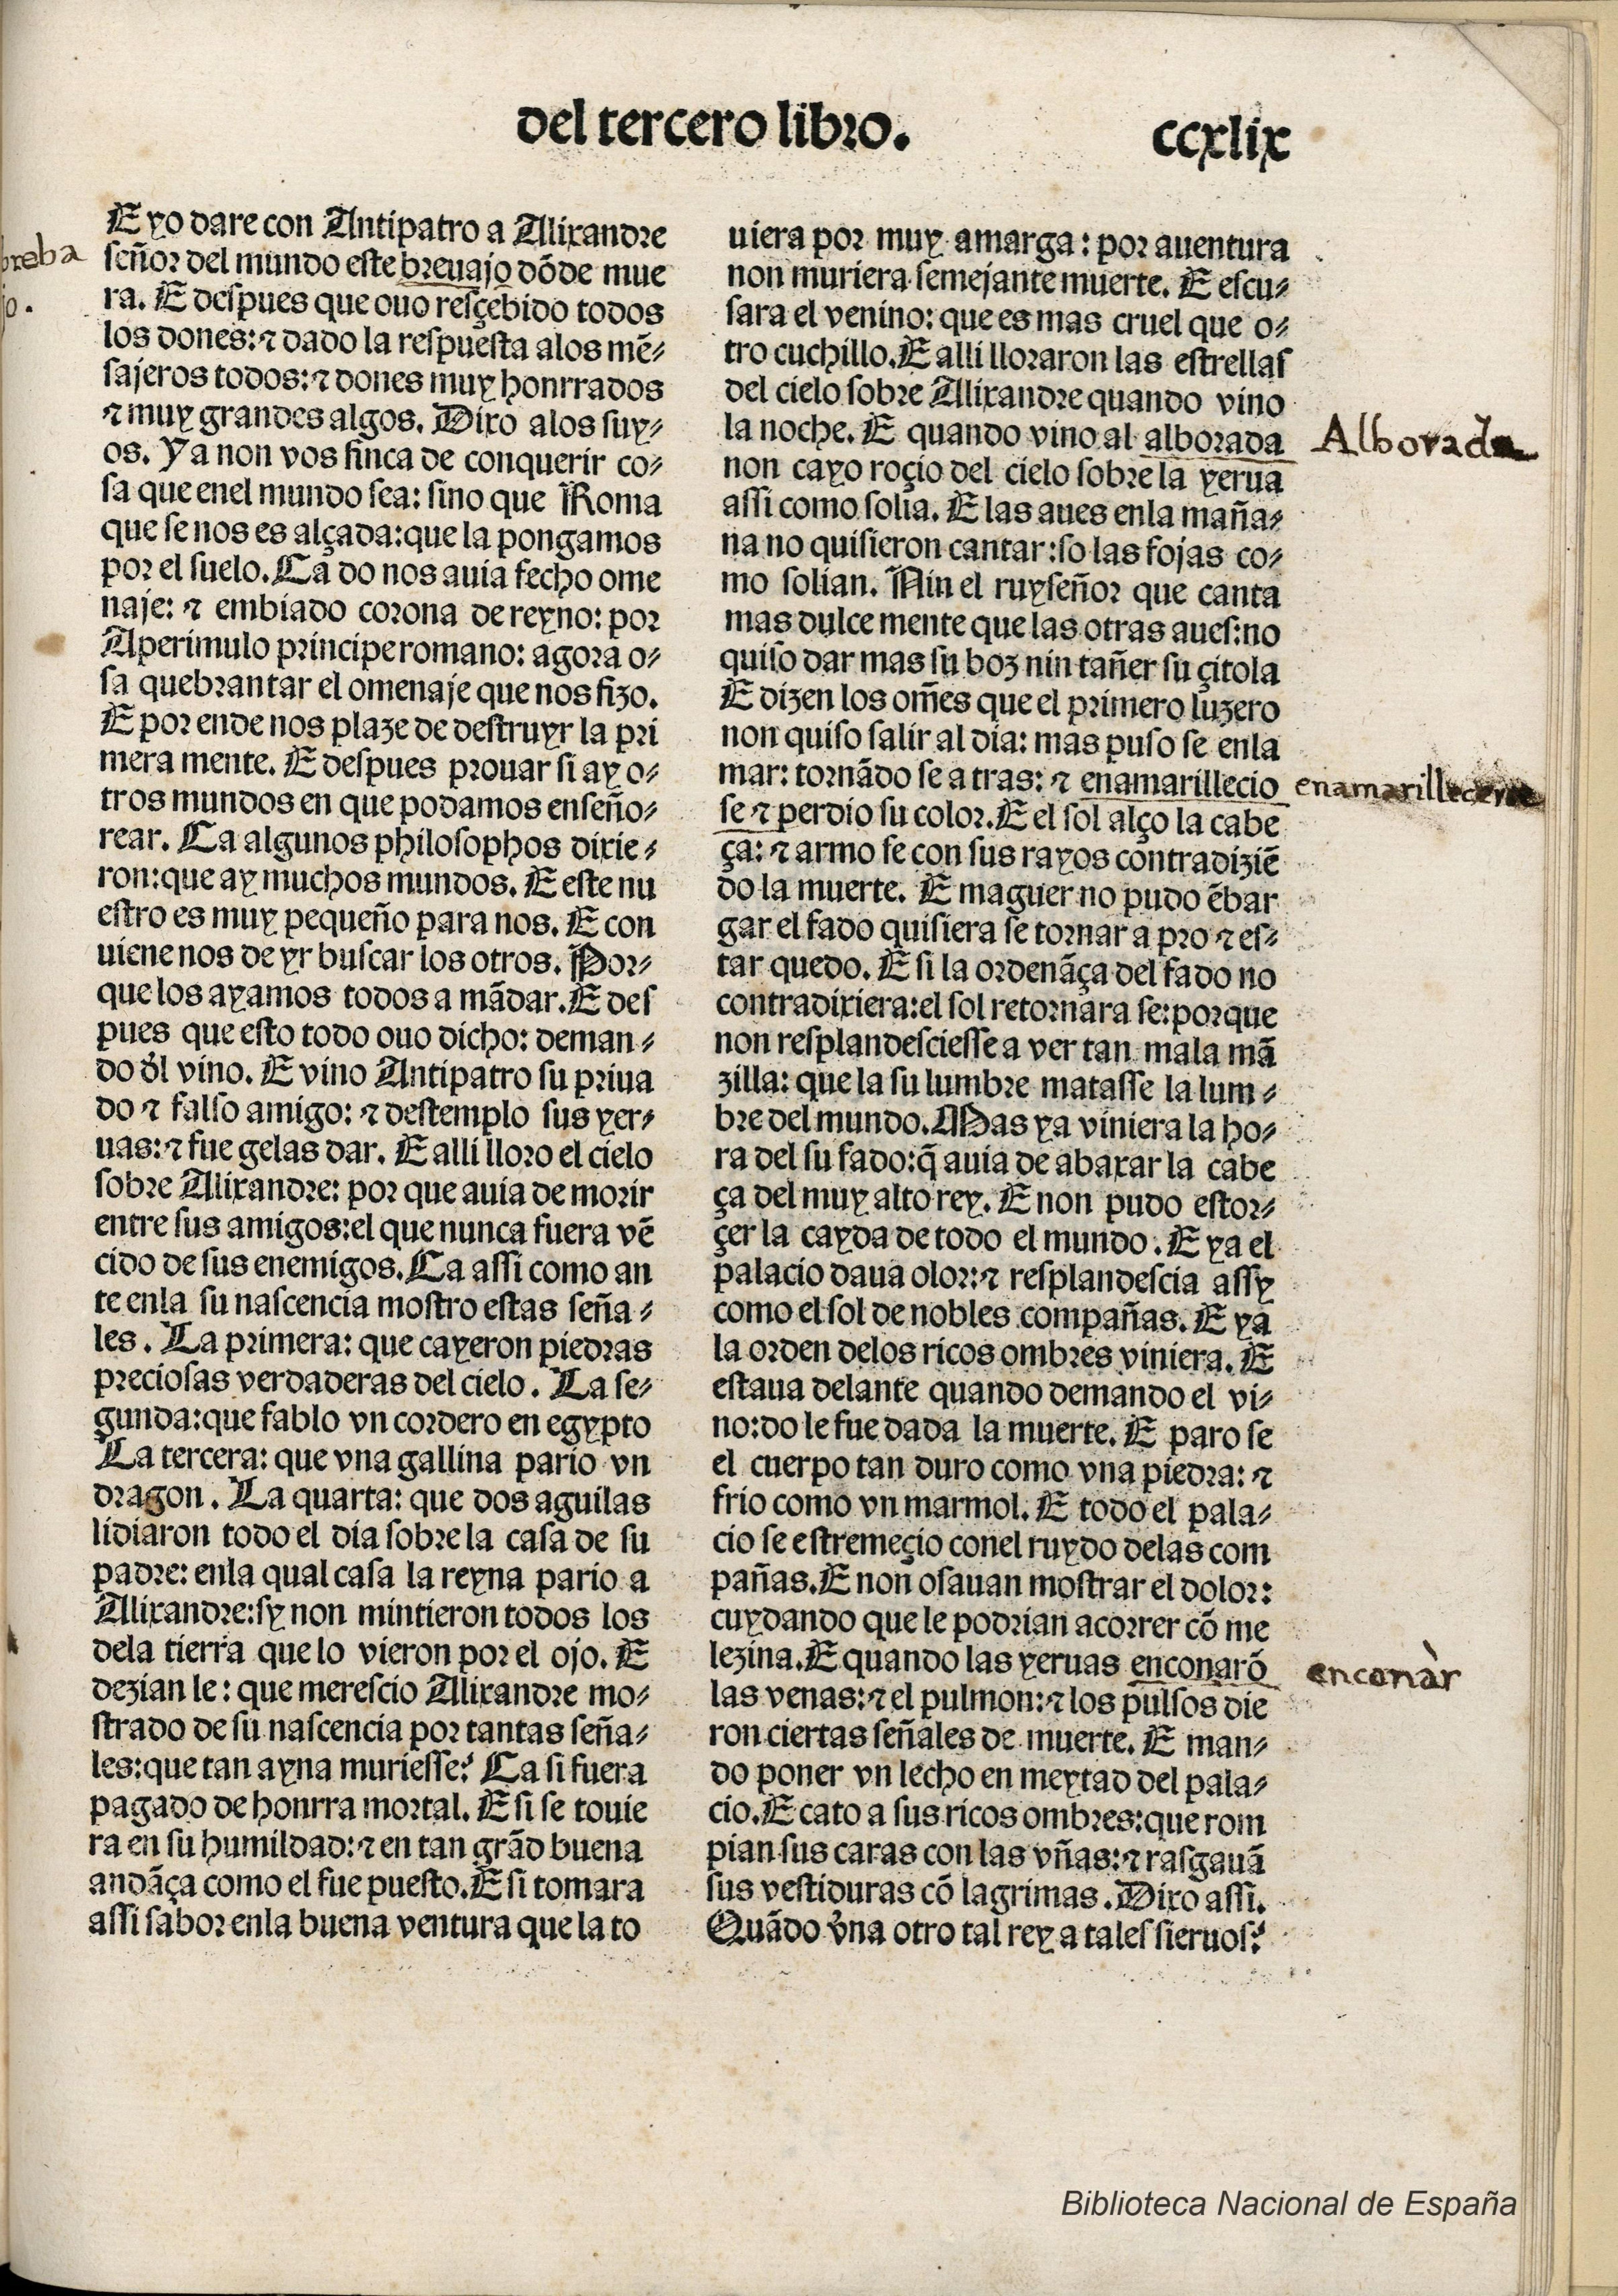
Shelfmark: Madrid, BNE, Inc. 901
Century: 15